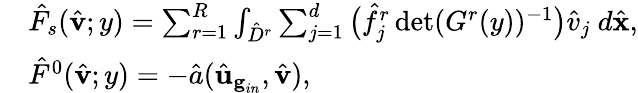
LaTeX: \begin{array}{rl}&{\hat{F}_{s}(\hat{\textbf{v}};y)=\sum_{r=1}^{R}\int_{\hat{D}^{r}}\sum_{j=1}^{d}\big(\hat{f}_{j}^{r}\operatorname*{det}(G^{r}(y))^{-1}\big)\hat{v}_{j}\ d\hat{\mathbf{x}},}\\ &{\hat{F}^{0}(\hat{\textbf{v}};y)=-\hat{a}(\hat{\textbf{u}}_{\textbf{g}_{in}},\hat{\textbf{v}}),}\end{array}